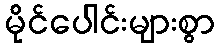
မိုင်ပေါင်းများစွာ